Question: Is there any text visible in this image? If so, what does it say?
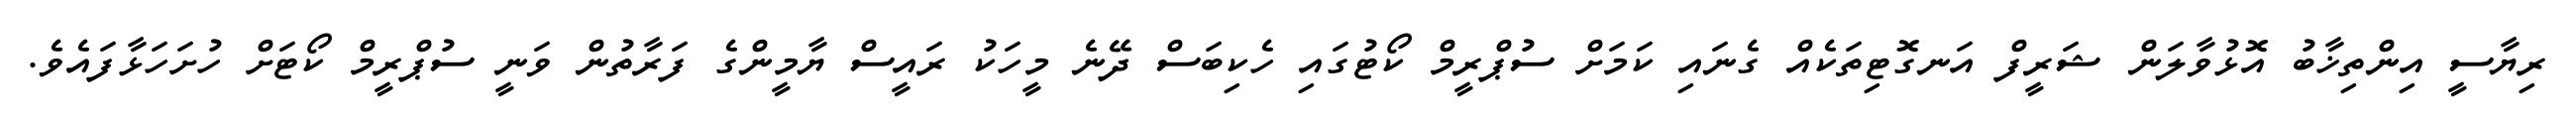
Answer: ރިޔާސީ އިންތިޚާބު އޮޅުވާލަން ޝަރީފް އަނގޮޓިތަކެއް ގެނައި ކަމަށް ސުޕްރީމް ކޯޓުގައި ހެކިބަސް ދޭނެ މީހަކު ރައީސް ޔާމީންގެ ފަރާތުން ވަނީ ސުޕްރީމް ކޯޓަށް ހުށަހަޅާފައެވެ.